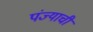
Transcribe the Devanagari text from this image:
पंज्याची